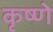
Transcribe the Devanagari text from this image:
कृष्णे